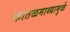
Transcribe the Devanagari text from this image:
कातळमाथ्यामुळे